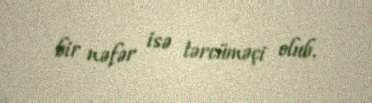
bir nəfər isə tərcüməçi olub.